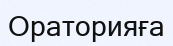
Ораторияға